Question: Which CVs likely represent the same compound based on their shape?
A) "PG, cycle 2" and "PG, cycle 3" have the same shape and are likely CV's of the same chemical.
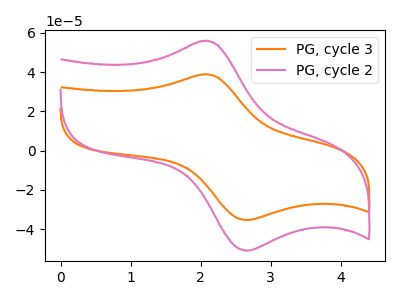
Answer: <think>The orange curve "PG, cycle 3" has an anodic peak at (2.05V, 38.75uA) and a cathodic peak at (2.65V, -35.40uA). The pink curve "PG, cycle 2" has an anodic peak at (2.05V, 55.80uA) and a cathodic peak at (2.65V, -51.00uA).
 All the peaks in "PG, cycle 3" have a peak in "PG, cycle 2" at the same potential. Every peak in "PG, cycle 3" is lower than every peak in "PG, cycle 2".</think>
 <answer>A) "PG, cycle 2" and "PG, cycle 3" have the same shape and are likely CV's of the same chemical.</answer>
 <eval>A</eval>